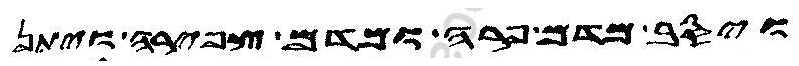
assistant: ויסב מדם פרה ומדם צפירה ויתן